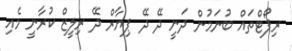
ރިޕޯޓްތައް ބުނަމުން ދަނީ ދޭ ދޭ ޕިޔާރް ދޭ ރިލީޒް ކުރާނީ މެއި